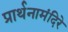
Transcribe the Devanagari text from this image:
प्रार्थनामंदिरे